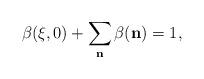
LaTeX: \begin{align*}\beta(\xi,0) + \sum_\mathbf{n} \beta(\mathbf{n}) = 1,\end{align*}